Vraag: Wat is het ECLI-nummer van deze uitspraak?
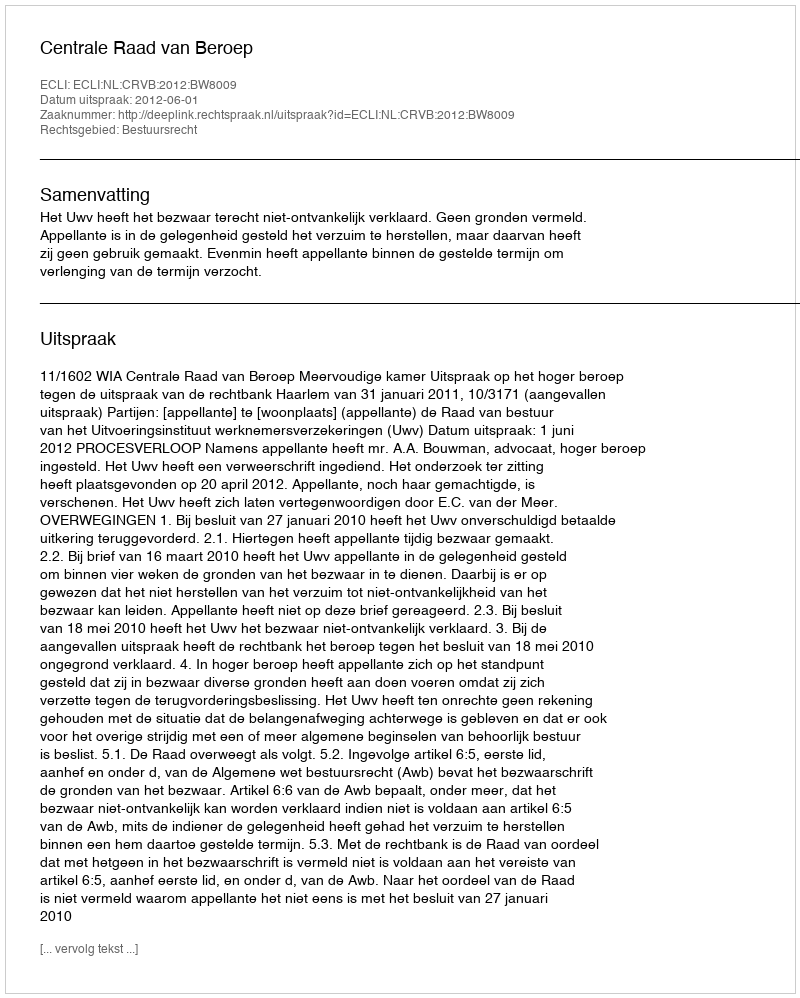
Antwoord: ECLI:NL:CRVB:2012:BW8009